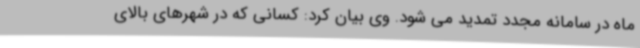
ماه در سامانه مجدد تمدید می شود. وی بیان کرد: کسانی که در شهرهای بالای